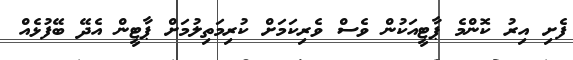
ފެށި އިރު ކޮންމެ ޕާޓީއަކުން ވެސް ވެރިކަމަށް ކުރިމަތިލުމަށް ޕާޓީން އެދޭ ބޭފުޅެއް